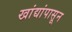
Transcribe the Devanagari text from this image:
खांद्यांपासून